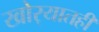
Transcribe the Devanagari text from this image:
खोर्‍यातही